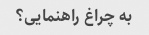
به چراغ راهنمایی؟